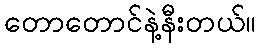
တောတောင်နဲ့နီးတယ်။